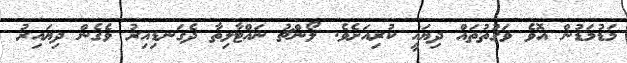
މަޑުމަޑުން އޮވެ ވަގުތުތައް ދިޔައީ ކުރިއަށެވެ. ލޯންޗު ނައްޓާލިތާ ދެގަނޑިއިރު ވެގެން ދިޔައިރު